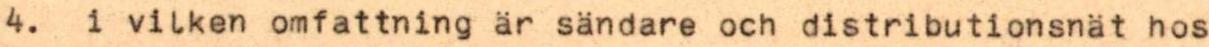
4. i vilken omfattning är sändare och distributionsnät hos